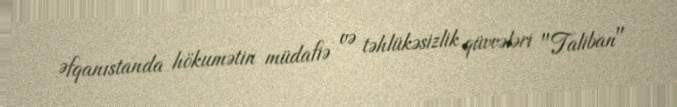
Əfqanıstanda hökumətin müdafiə və təhlükəsizlik qüvvələri "Taliban"